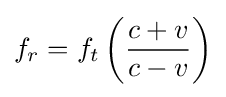
f_{r}=f_{t}\left({\frac {c+v}{c-v}}\right)